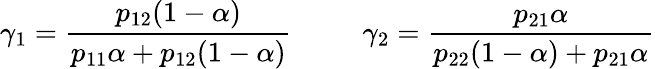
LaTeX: \gamma_{1}=\frac{p_{12}(1-\alpha)}{p_{11}\alpha+p_{12}(1-\alpha)}\; \; \; \; \; \; \; \; \; \gamma_{2}=\frac{p_{21}\alpha}{p_{22}(1-\alpha)+p_{21}\alpha}